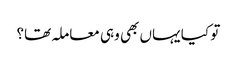
تو کیا یہاں بھی وہی معاملہ تھا؟